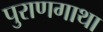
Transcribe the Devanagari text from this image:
पुराणगाथा